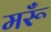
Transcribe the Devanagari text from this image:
मरूँ